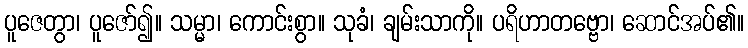
ပူဇေတွာ၊ ပူဇော်၍။ သမ္မာ၊ ကောင်းစွာ။ သုခံ၊ ချမ်းသာကို။ ပရိဟာတဗ္ဗော၊ ဆောင်အပ်၏။